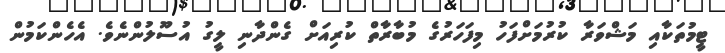
ޓީމުތަކާއި މަޝްވަރާ ކުރުމަށްފަހު މިފަހަރުގެ މުބާރާތް ކުރިއަށް ގެންދާނި ލީގު އުސޫލުންނެވެ. އެހެންކަމުން